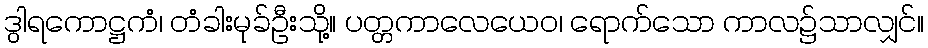
ဒွါရကောဋ္ဌကံ၊ တံခါးမုခ်ဦးသို့။ ပတ္တကာလေယေဝ၊ ရောက်သော ကာလ၌သာလျှင်။